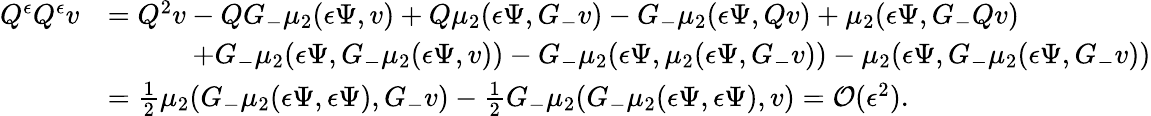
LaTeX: \begin{array}{rl}{Q^{\epsilon}Q^{\epsilon}v}&{=Q^{2}v-QG_{-}\mu_{2}({\epsilon}\Psi,v)+Q\mu_{2}({\epsilon}\Psi,G_{-}v)-G_{-}\mu_{2}({\epsilon}\Psi,Qv)+\mu_{2}({\epsilon}\Psi,G_{-}Qv)}\\ &{\quad\qquad+G_{-}\mu_{2}({\epsilon}\Psi,G_{-}\mu_{2}({\epsilon}\Psi,v))-G_{-}\mu_{2}({\epsilon}\Psi,\mu_{2}({\epsilon}\Psi,G_{-}v))-\mu_{2}({\epsilon}\Psi,G_{-}\mu_{2}({\epsilon}\Psi,G_{-}v))}\\ &{=\frac 12\mu_{2}(G_{-}\mu_{2}({\epsilon}\Psi,{\epsilon}\Psi),G_{-}v)-\frac 12G_{-}\mu_{2}(G_{-}\mu_{2}({\epsilon}\Psi,{\epsilon}\Psi),v)=\mathcal{O}({\epsilon}^{2}).}\end{array}